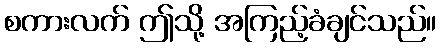
စကားလက် ဤသို့ အကြည့်ခံချင်သည်။